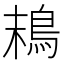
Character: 𩿣